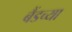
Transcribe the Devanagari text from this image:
बैंडच्या